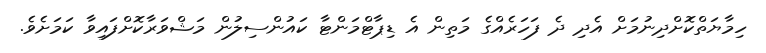
ހިމާޔަތްކޮށްދިނުމަށް އެދި ދެ ފަހަރެއްގެ މަތިން އެ ޑިޕާޓްމަންޓާ ކައުންސިލުން މަޝްވަރާކޮށްފައިވާ ކަމަށެވެ.